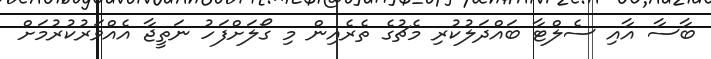
ބާސާ އާއި ސެލްޓާ ބައްދަލުކުރި މެޗުގެ ތެރެއިން މި ގޯލަށްފަހު ނަތީޖާ އެއްވަރުކުރުމަށް